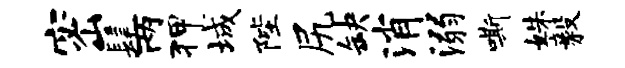
密髦两狎城陛尻缺消溺嘶姝毅